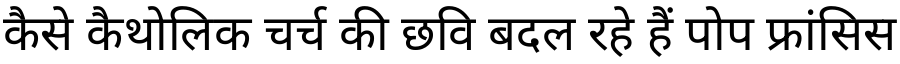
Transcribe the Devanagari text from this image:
कैसे कैथोलिक चर्च की छवि बदल रहे हैं पोप फ्रांसिस